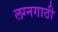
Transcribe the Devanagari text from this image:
लग्नगाठी